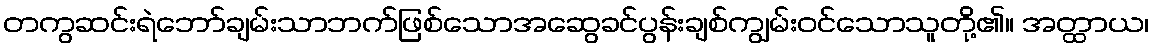
တကွဆင်းရဲဘော်ချမ်းသာဘက်ဖြစ်သောအဆွေခင်ပွန်းချစ်ကျွမ်းဝင်သောသူတို့၏။ အတ္ထာယ၊